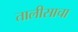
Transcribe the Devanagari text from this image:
तालीसाचा